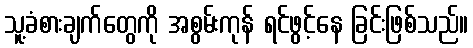
သူ့ခံစားချက်တွေကို အစွမ်းကုန် ရင်ဖွင့်နေ ခြင်းဖြစ်သည်။